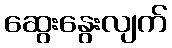
ဆွေးနွေးလျက်